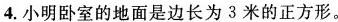
4.小明卧室的地面是边长为3米的正方形。